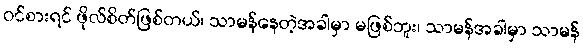
ဝင်စားရင် ဖိုလ်စိတ်ဖြစ်တယ်၊ သာမန်နေတဲ့အခါမှာ မဖြစ်ဘူး၊ သာမန်အခါမှာ သာမန်